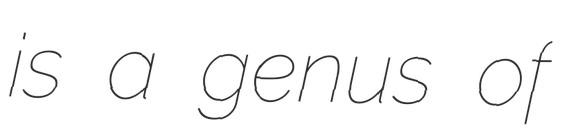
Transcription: is a genus of